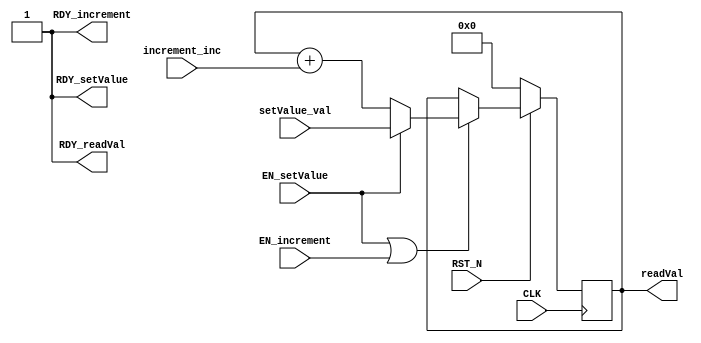
//
// Generated by Bluespec Compiler, version 2016.07.beta1 (build 34806, 2016-07-05)
//
// On Sat May  5 02:07:53 UTC 2018
//
//
// Ports:
// Name                         I/O  size props
// RDY_setValue                   O     1 const
// RDY_increment                  O     1 const
// readVal                        O    10 reg
// RDY_readVal                    O     1 const
// CLK                            I     1 clock
// RST_N                          I     1 reset
// setValue_val                   I    10
// increment_inc                  I    10
// EN_setValue                    I     1
// EN_increment                   I     1
//
// No combinational paths from inputs to outputs
//
//

`ifdef BSV_ASSIGNMENT_DELAY
`else
  `define BSV_ASSIGNMENT_DELAY
`endif

`ifdef BSV_POSITIVE_RESET
  `define BSV_RESET_VALUE 1'b1
  `define BSV_RESET_EDGE posedge
`else
  `define BSV_RESET_VALUE 1'b0
  `define BSV_RESET_EDGE negedge
`endif

module mkCounterTest(CLK,
		     RST_N,

		     setValue_val,
		     EN_setValue,
		     RDY_setValue,

		     increment_inc,
		     EN_increment,
		     RDY_increment,

		     readVal,
		     RDY_readVal);
  input  CLK;
  input  RST_N;

  // action method setValue
  input  [9 : 0] setValue_val;
  input  EN_setValue;
  output RDY_setValue;

  // action method increment
  input  [9 : 0] increment_inc;
  input  EN_increment;
  output RDY_increment;

  // value method readVal
  output [9 : 0] readVal;
  output RDY_readVal;

  // signals for module outputs
  wire [9 : 0] readVal;
  wire RDY_increment, RDY_readVal, RDY_setValue;

  // register counter
  reg [9 : 0] counter;
  wire [9 : 0] counter$D_IN;
  wire counter$EN;

  // inputs to muxes for submodule ports
  wire [9 : 0] MUX_counter$write_1__VAL_2;

  // action method setValue
  assign RDY_setValue = 1'd1 ;

  // action method increment
  assign RDY_increment = 1'd1 ;

  // value method readVal
  assign readVal = counter ;
  assign RDY_readVal = 1'd1 ;

  // inputs to muxes for submodule ports
  assign MUX_counter$write_1__VAL_2 = counter + increment_inc ;

  // register counter
  assign counter$D_IN =
	     EN_setValue ? setValue_val : MUX_counter$write_1__VAL_2 ;
  assign counter$EN = EN_setValue || EN_increment ;

  // handling of inlined registers

  always@(posedge CLK)
  begin
    if (RST_N == `BSV_RESET_VALUE)
      begin
        counter <= `BSV_ASSIGNMENT_DELAY 10'd0;
      end
    else
      begin
        if (counter$EN) counter <= `BSV_ASSIGNMENT_DELAY counter$D_IN;
      end
  end

  // synopsys translate_off
  `ifdef BSV_NO_INITIAL_BLOCKS
  `else // not BSV_NO_INITIAL_BLOCKS
  initial
  begin
    counter = 10'h2AA;
  end
  `endif // BSV_NO_INITIAL_BLOCKS
  // synopsys translate_on
endmodule  // mkCounterTest